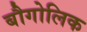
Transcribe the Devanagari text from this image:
बौगोलिक